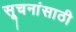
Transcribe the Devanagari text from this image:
सूचनांसाठी